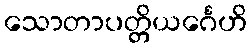
သောတာပတ္တိယင်္ဂေဟိ